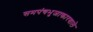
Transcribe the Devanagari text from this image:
समपंचभुजाकारवाले